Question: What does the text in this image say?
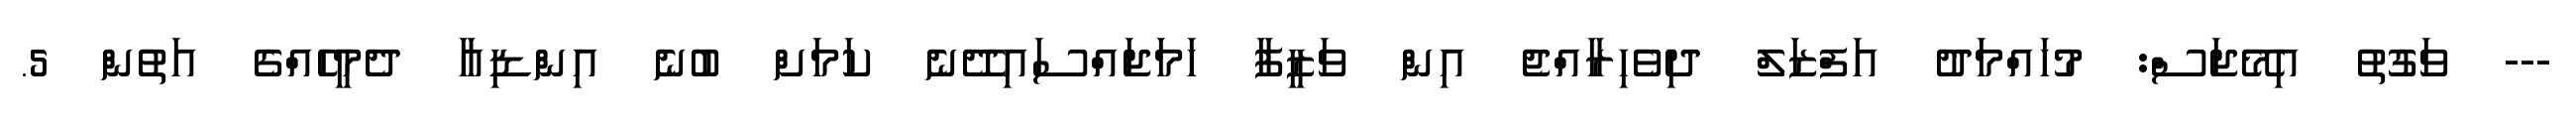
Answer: --- ވަގުތު އިމޭޖަސް: މުހައްމަދު އަފްޒަލް ދިވެހިރާއްޖެ އިން ވަޒީފާ ހަމަޖައްސައިދޭނެ ކަމަށް ބުނެ އިންޑިއާ ދެމީހެއްގެ އަތުން 5.